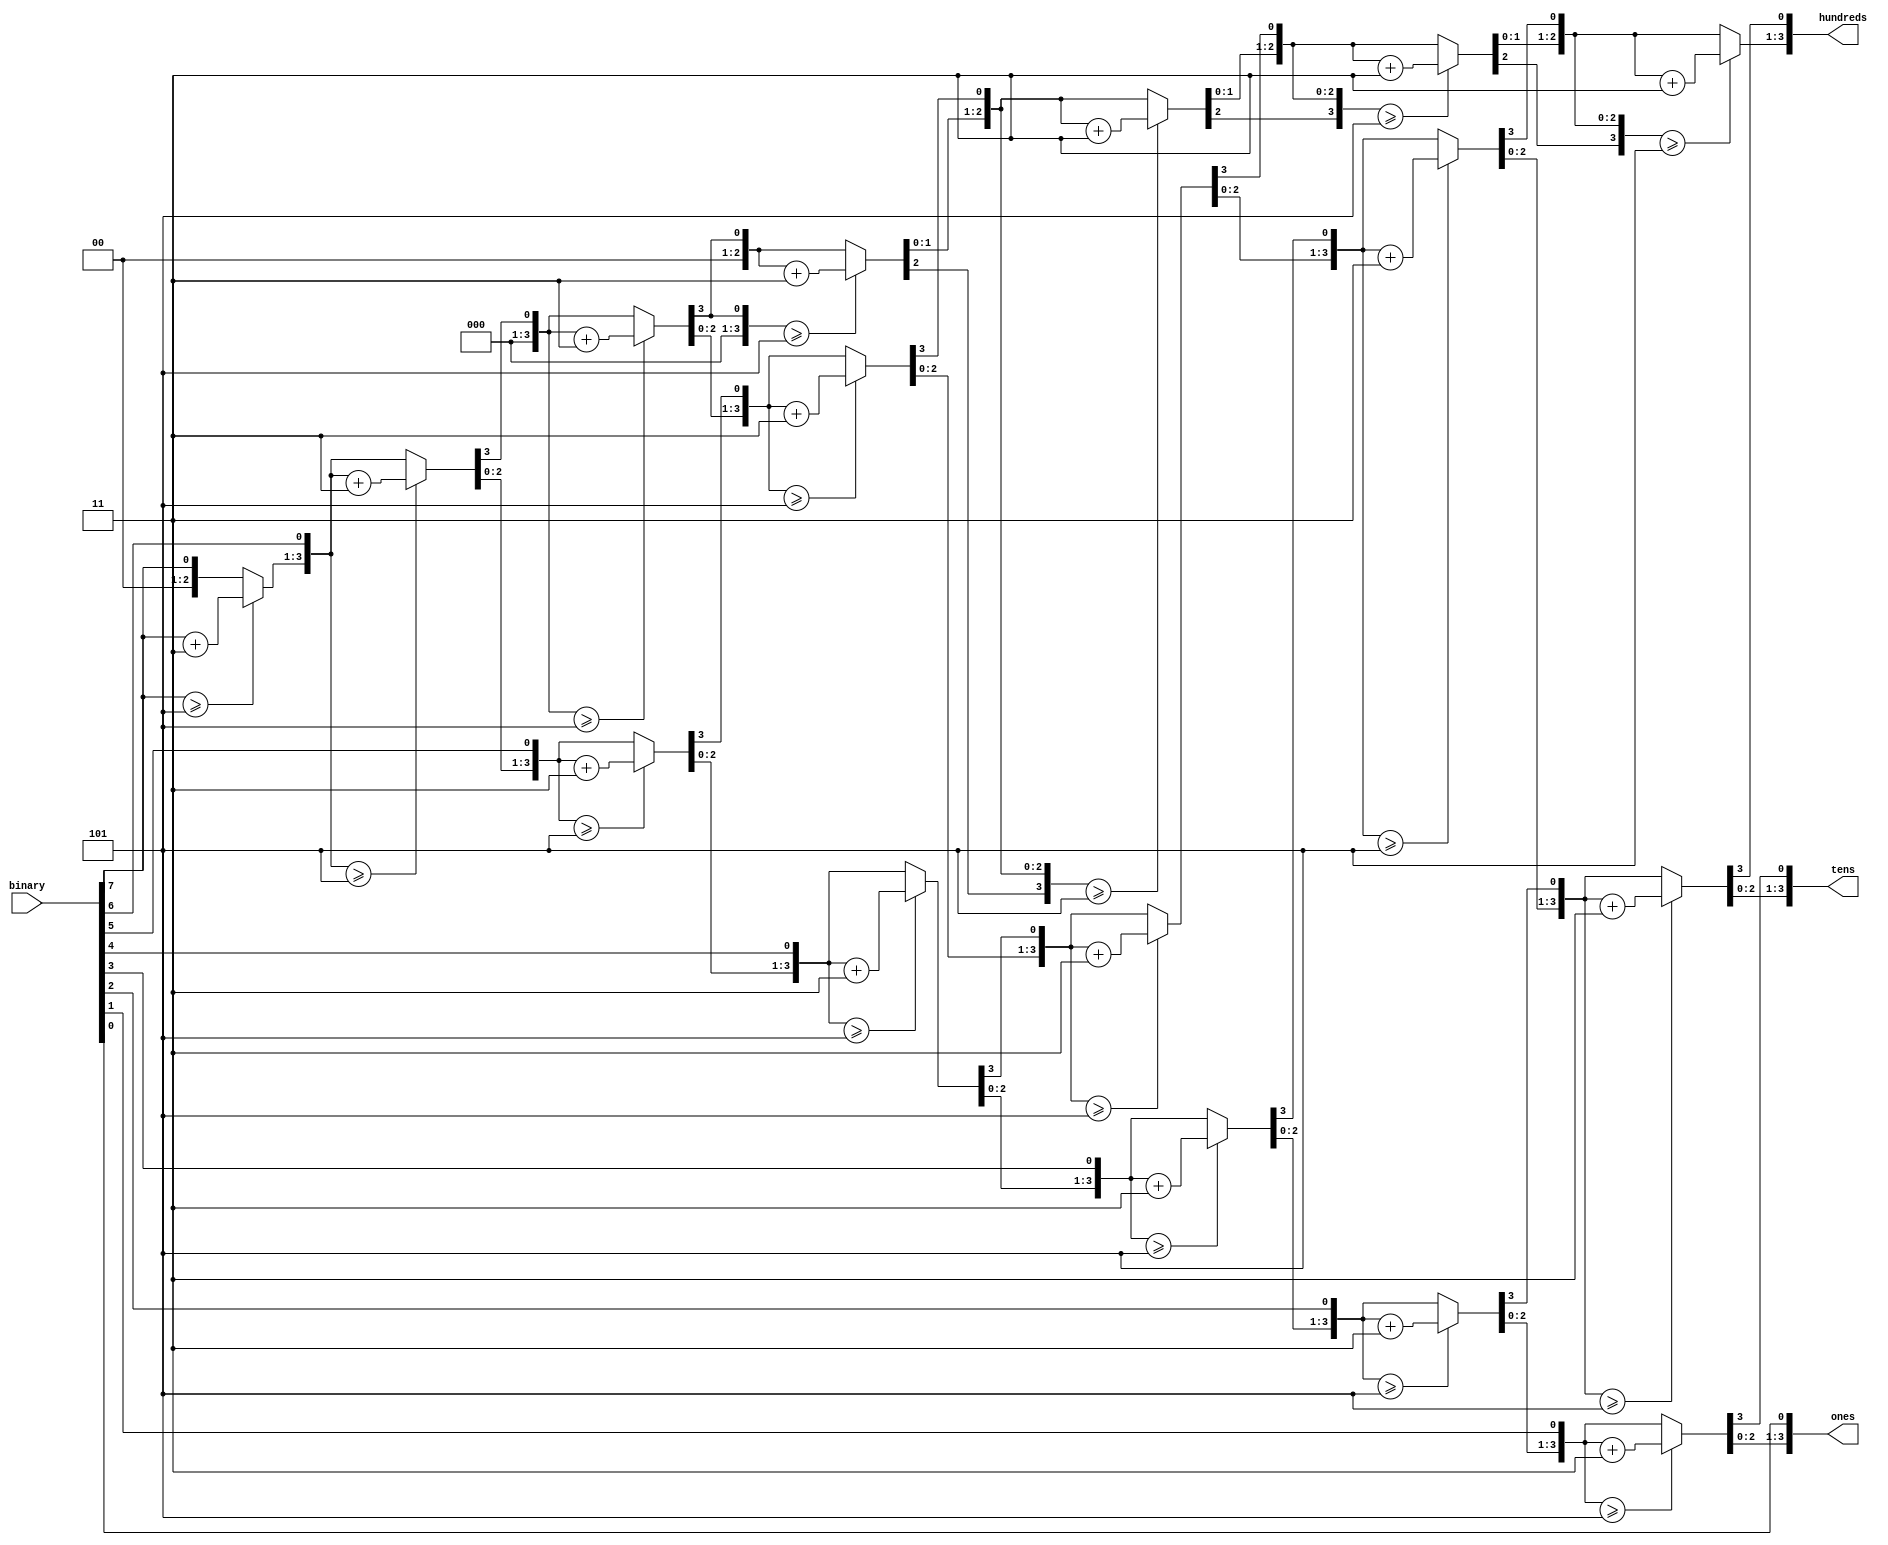
module cpu_bcd(input wire [7:0] binary,
           output reg [3:0] hundreds,
           output reg [3:0] tens,
           output reg [3:0] ones);

    integer i;

    // Based on the Binary to BCD conversion algorithm from https://my.eng.utah.edu/~nmcdonal/Tutorials/BCDTutorial/BCDConversion.html
    always @(*) begin
        // Set everything to 0
        hundreds = 0;
        tens = 0;
        ones = 0;

        for (i=7; i >= 0; i=i-1)
        begin
            if(hundreds >= 5)
                hundreds = hundreds + 3;
            if(tens >= 5)
                tens = tens + 3;
            if(ones >= 5)
                ones = ones + 3;

            // Shift everything to the left by one
            hundreds = hundreds << 1;
            hundreds[0] = tens[3];

            tens = tens << 1;
            tens[0] = ones[3];

            ones = ones << 1;
            ones[0] = binary[i];
        end
    end
    
endmodule